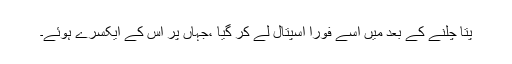
پتا چلنے کے بعد میں اسے فوراً اسپتال لے کر گیا ،جہاں پر اس کے ایکسرے ہوئے۔